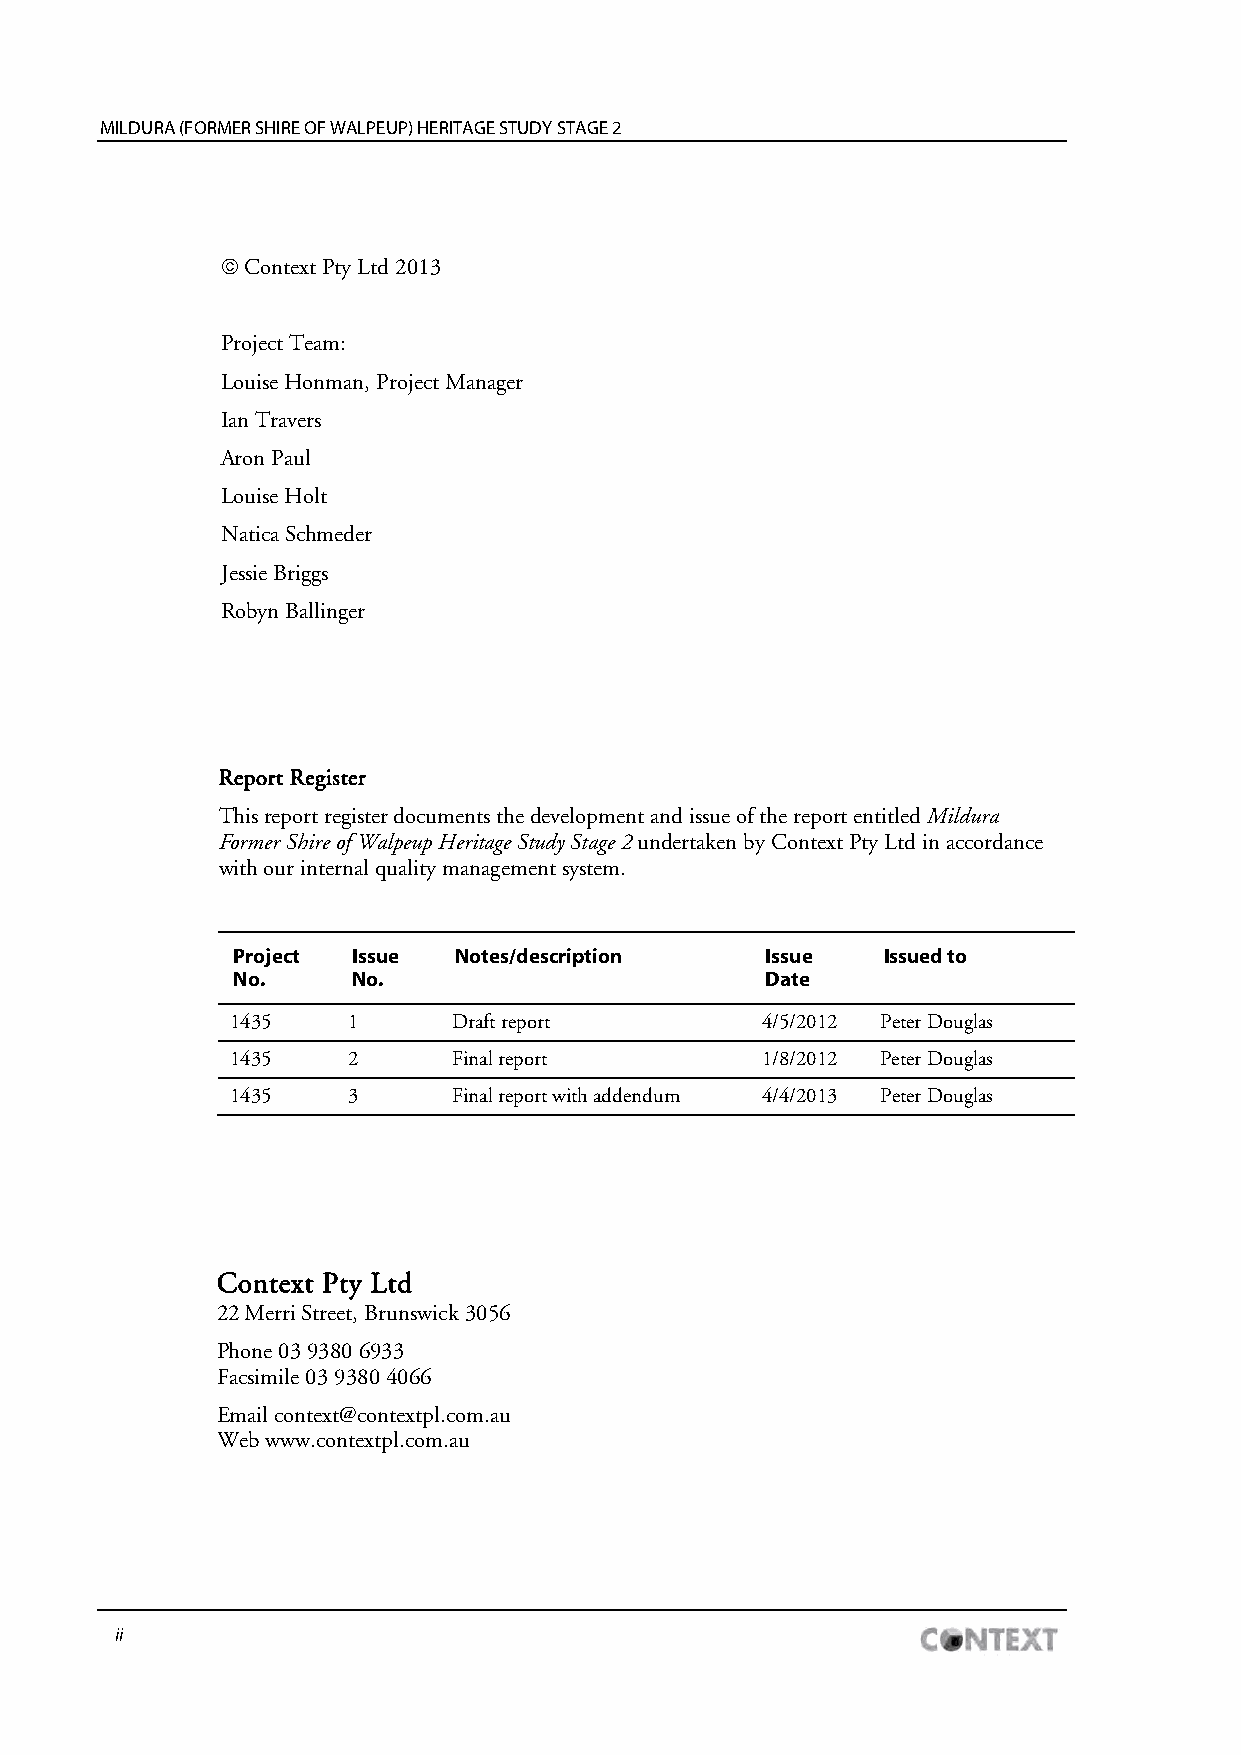
MILDURA (FORMER SHIRE OF WALPEUP) HERITAGE STUDY STAGE 2
  Context Pty Ltd 2013
 Project Team:
 Louise Honman, Project Manager
 Ian Travers
 Aron Paul
 Louise Holt
 Natica Schmeder
 Jessie Briggs
 Robyn Ballinger
 Report Register
 This report register documents the development and issue of the report entitled Mildura
 Former Shire of Walpeup Heritage Study Stage 2 undertaken by Context Pty Ltd in accordance
 with our internal quality management system.
 Project Issue  Notes/description    Issue  Issued to
 No.     No.                         Date
 1435    1      Draft report        4/5/2012 Peter Douglas
 1435    2      Final report        1/8/2012 Peter Douglas
 1435    3      Final report with addendum 4/4/2013 Peter Douglas
 Context Pty Ltd
 22 Merri Street, Brunswick 3056
 Phone 03 9380 6933
 Facsimile 03 9380 4066
 Email context@contextpl.com.au
 Web www.contextpl.com.au
 ii